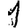
Digit: 1